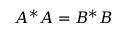
A ^ { * } A = B ^ { * } B